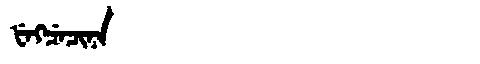
Manchu: ᡶᡝᡴᠴᡝᠴᡳᠨᠠ
Romanization: FEKCECINA